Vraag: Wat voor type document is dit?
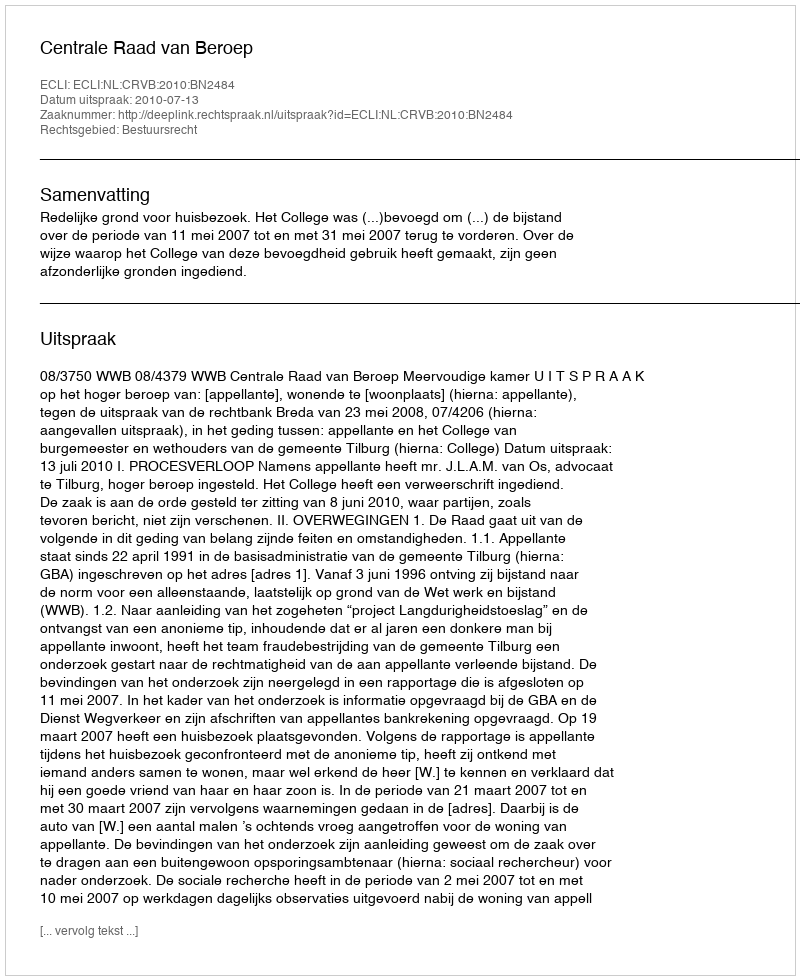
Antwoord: Uitspraak